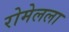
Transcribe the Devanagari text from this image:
रोमेलला